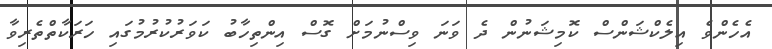
އެހެންވެ އިލެކްޝަންސް ކޮމިޝަނުން ދެ ވަނަ ވިސްނުމަށް ގޮސް އިންތިހާބު ކަވަރުކުރުމުގައި ހަރަކާތްތެރިވާ